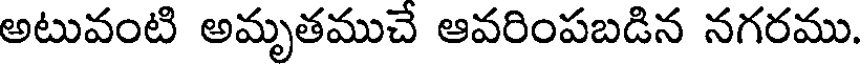
అటువంటి అమృతముచే ఆవరింపబడిన నగరము.